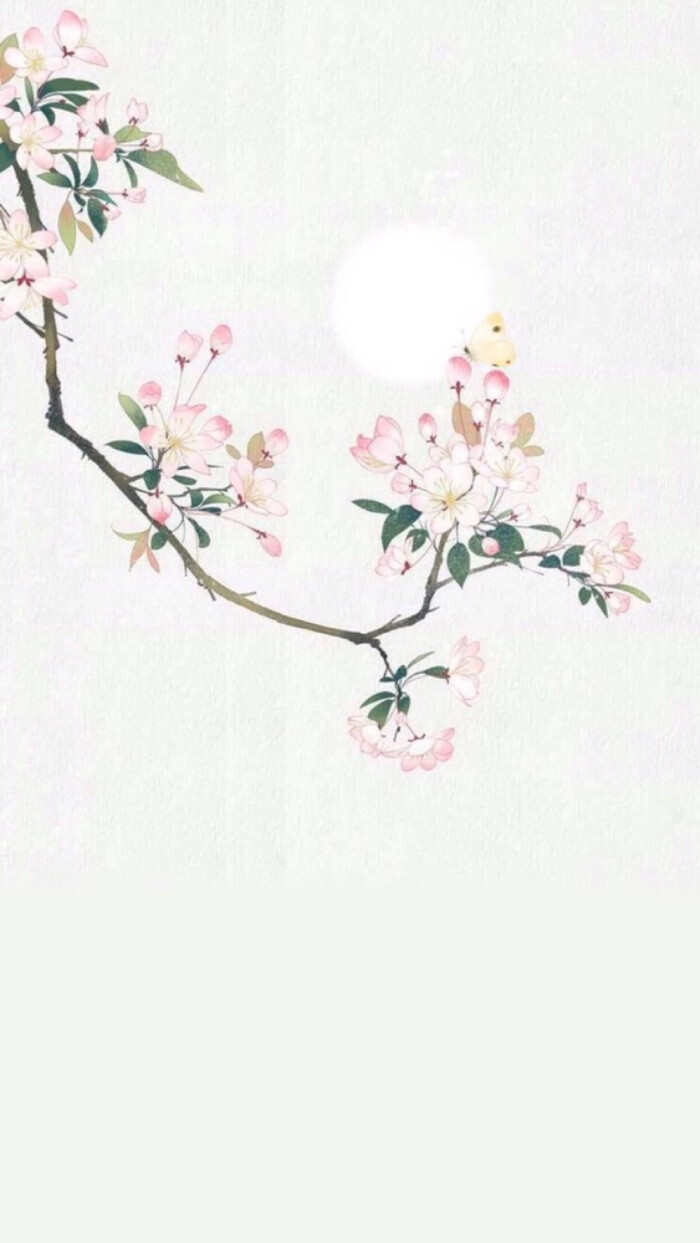
清明过了，不堪回首，云锁朱楼。